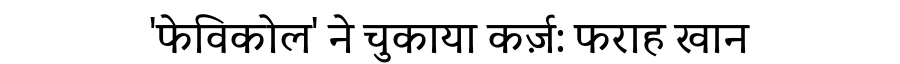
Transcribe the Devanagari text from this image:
'फेविकोल' ने चुकाया कर्ज़: फराह खान